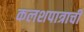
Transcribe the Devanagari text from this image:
कलशपात्राची